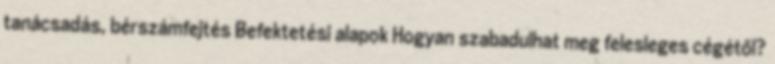
tanácsadás, bérszámfejtés Befektetési alapok Hogyan szabadulhat meg felesleges cégétől?